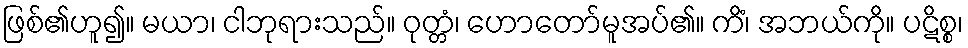
ဖြစ်၏ဟူ၍။ မယာ၊ ငါဘုရားသည်။ ဝုတ္တံ၊ ဟောတော်မူအပ်၏။ ကိံ၊ အဘယ်ကို။ ပဋိစ္စ၊